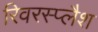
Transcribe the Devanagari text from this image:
रिवरस्प्लैश